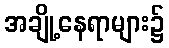
အချို့နေရာများ၌